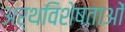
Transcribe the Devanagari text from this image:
अर्थविशेषताओं